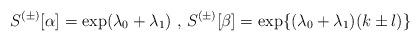
LaTeX: \begin{align*}S^{(\pm)}[\alpha]=\exp(\lambda_{0}+\lambda_{1})\mbox{ , }S^{(\pm)}[\beta]=\exp\{(\lambda_{0}+\lambda_{1})(k\pm l)\}\end{align*}